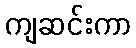
ကျဆင်းကာ